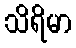
သိရိမာ